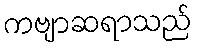
ကဗျာဆရာသည်